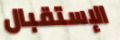
الإستقبال